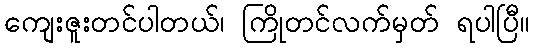
ကျေးဇူးတင်ပါတယ်၊ ကြိုတင်လက်မှတ် ရပါပြီ။